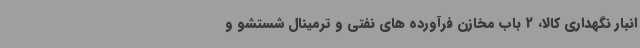
انبار نگهداری کالا، 2 باب مخازن فرآورده های نفتی و ترمینال شستشو و